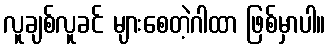
လူချစ်လူခင် များစေတဲ့ဂါထာ ဖြစ်မှာပါ။